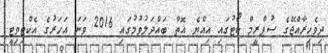
ދިވެހިރާއްޖޭގެ ސުޕްރީމް ކޯޓުގައި އިއްޔެ އޮތް ބައްދަލުވުމުގައި 2016 ވަނަ އަހަރުގެ އެކްޓިވިޓީ